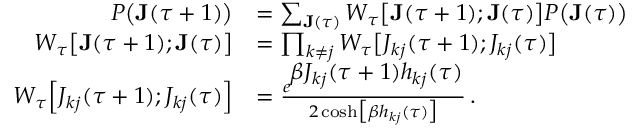
\begin{array} { r l } { P \big ( \mathbf { J } ( \tau + 1 ) \big ) } & { = \sum _ { \mathbf { J } ( \tau ) } W _ { \tau } \big [ \mathbf { J } ( \tau + 1 ) ; \mathbf { J } ( \tau ) \big ] P \big ( \mathbf { J } ( \tau ) \big ) } \\ { W _ { \tau } \big [ \mathbf { J } ( \tau + 1 ) ; \mathbf { J } ( \tau ) \big ] } & { = \prod _ { k \neq j } W _ { \tau } \big [ J _ { k j } ( \tau + 1 ) ; J _ { k j } ( \tau ) \big ] } \\ { W _ { \tau } \Big [ J _ { k j } ( \tau + 1 ) ; J _ { k j } ( \tau ) \Big ] } & { = \frac { e ^ { \displaystyle \beta J _ { k j } ( \tau + 1 ) h _ { k j } ( \tau ) } } { 2 \, \mathrm { c o s h } \big [ \beta h _ { k j } ( \tau ) \big ] } \, . } \end{array}